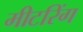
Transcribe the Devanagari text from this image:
मीटरिंग